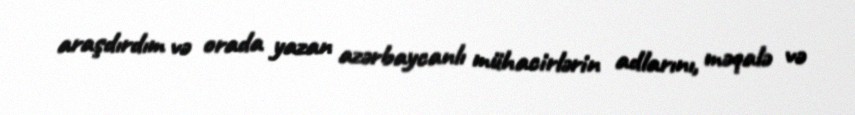
araşdırdım və orada yazan azərbaycanlı mühacirlərin adlarını, məqalə və